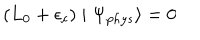
( L _ { 0 } + \epsilon _ { c } ) \mid \Psi _ { p h y s } \rangle = 0